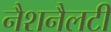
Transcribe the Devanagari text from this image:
नैशनैलटी